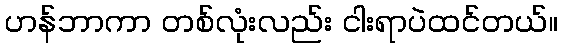
ဟန်ဘာကာ တစ်လုံးလည်း ငါးရာပဲထင်တယ်။